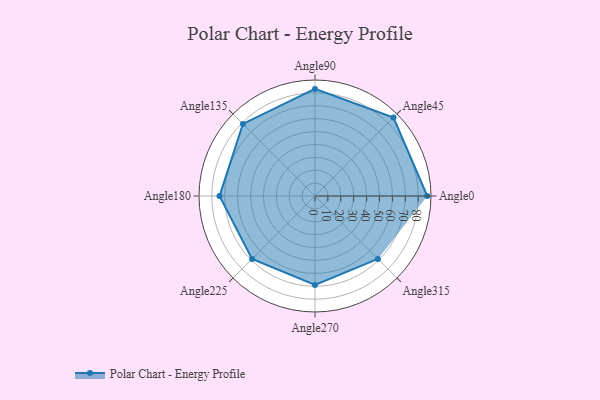
{"axis": {"x": "Angle", "y": "Radius"}, "legend": [""], "data": [{"x": "Angle0", "y": 87.0, "type": ""}, {"x": "Angle45", "y": 86.0, "type": ""}, {"x": "Angle90", "y": 83.0, "type": ""}, {"x": "Angle135", "y": 79.0, "type": ""}, {"x": "Angle180", "y": 74.0, "type": ""}, {"x": "Angle225", "y": 69.0, "type": ""}, {"x": "Angle270", "y": 69.0, "type": ""}, {"x": "Angle315", "y": 69.0, "type": ""}]}